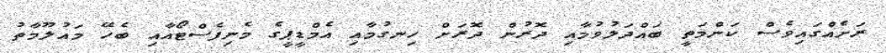
ރަށެއްގައިވެސް ކަންމަތީ ބައްދަލުވުމާއި ދޮރުން ދޮރަށް ހިނގުމާއި އެމްޑީޕީގެ މެނިފެސްޓޯއާއި ބެހޭ މައުލޫމާތު